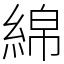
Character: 綿